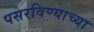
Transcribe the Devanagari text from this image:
पसरविण्याच्या